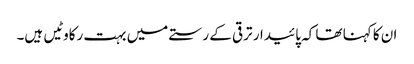
ان کا کہنا تھا کہ پائیدار ترقی کے رستے میں بہت رکاوٹیں ہیں۔